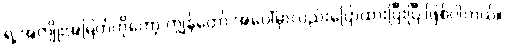
ရဲ့ အကျိုးအမြတ်ကိုတော့ ကျွန်တော် အပေါ်မှာလည်းပြောထားပြီးပြီ ဖြစ်ပါတယ်။